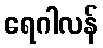
ရေဂါလန်